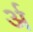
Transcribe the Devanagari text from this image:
र्अ